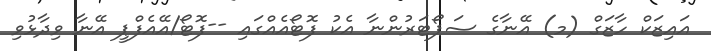
އައިޒަކް ހާޒަގް (މ) އޭނާގެ ސަޕޯޓަރުންނާ އެކު ފޮޓޯއެއްގައި --ފޮޓޯ/އޭއެފްޕީ އޭނާ ވިދާޅުވި